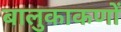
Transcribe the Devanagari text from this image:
बालुकाकणों